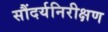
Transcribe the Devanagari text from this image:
सौंदर्यनिरीक्षण